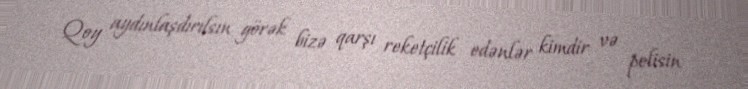
Qoy aydınlaşdırılsın görək bizə qarşı reketçilik edənlər kimdir və polisin